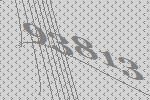
93813